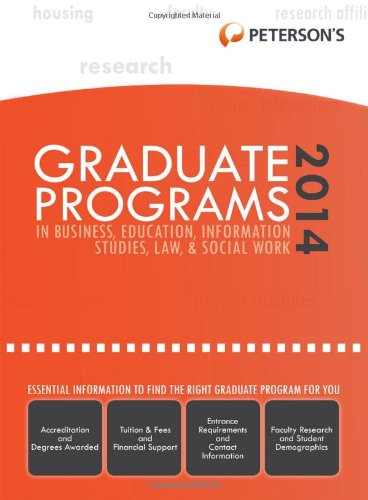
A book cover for Graduate Programs in Business, Education, Information Studies, Law & Social Work 2014 (Grad 6) (Peterson's Graduate Programs in Business, Education, Information); Peterson's; Education & Teaching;